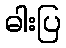
ဓါးပြ